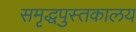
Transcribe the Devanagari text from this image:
समृद्धपुस्तकालय